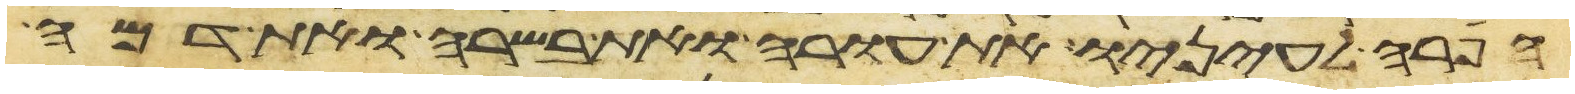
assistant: הפרה לעיניו את עורה ואת בשרה ואת דמה